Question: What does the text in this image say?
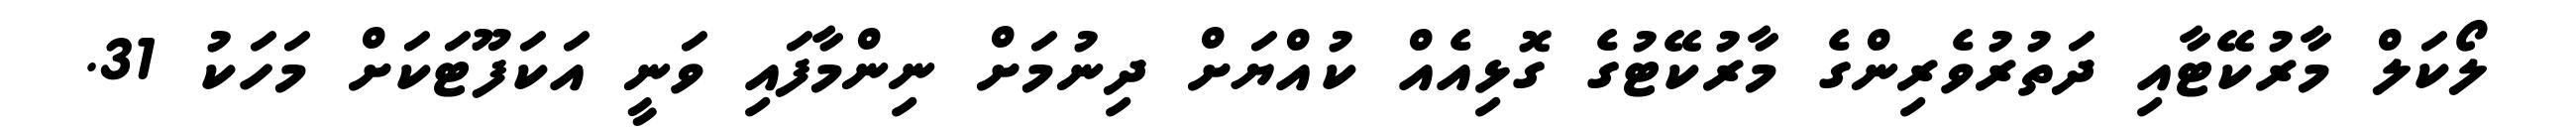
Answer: ލޯކަލް މާރުކޭޓާއި ދަތުރުވެރިންގެ މާރުކޭޓުގެ ގޮޅިއެއް ކުއްޔަށް ދިނުމަށް ނިންމާފައި ވަނީ އަކަފޫޓަކަށް މަހަކު 31.